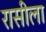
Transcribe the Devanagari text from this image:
रासीला